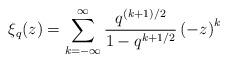
LaTeX: \begin{align*} \xi_{q}(z)=\sum_{k=-\infty}^{\infty}\frac{q^{(k+1)/2}}{1-q^{k+1/2}}\left(-z\right)^{k} \end{align*}